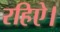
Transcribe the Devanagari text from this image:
रहिऐ।